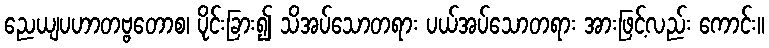
ညေယျပဟာတဗ္ဗတောစ၊ ပိုင်းခြား၍ သိအပ်သောတရား ပယ်အပ်သောတရား အားဖြင့်လည်း ကောင်း။